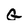
Character: G